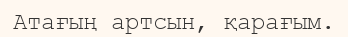
Атағың артсын, қарағым.